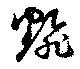
飜